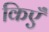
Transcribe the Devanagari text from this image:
किएँ